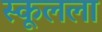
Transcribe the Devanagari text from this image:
स्कूलला